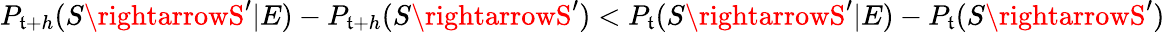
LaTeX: P_{\mathfrak{t}+h}(S\rightarrowS^{\prime}|E)-P_{\mathfrak{t}+h}(S\rightarrowS^{\prime})<P_{\mathfrak{t}}(S\rightarrowS^{\prime}|E)-P_{\mathfrak{t}}(S\rightarrowS^{\prime})